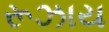
રૂઝાય